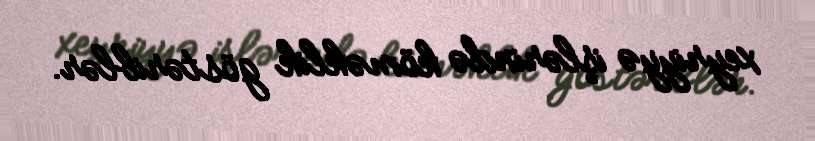
xeyriyyə işlərində köməklik göstəriblər.